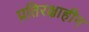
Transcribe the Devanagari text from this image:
प्रतिरक्षाहीन